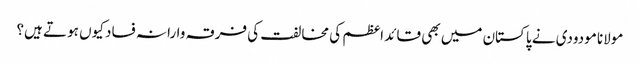
مولانا مودودی نے پاکستان میں بھی قائد اعظم کی مخالفت کی	فرقہ وارانہ فساد کیوں ہوتے ہیں؟